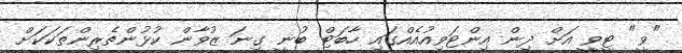
"ވީ" ޓީވީ އަށް ދިން އިންޓަވިއުއެއްގައި ހާބަޓް ބުނީ ގިނަ ޒުވާން ކުޅުންތެރިންތަކަކަށް